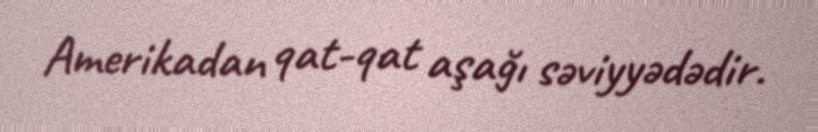
Amerikadan qat-qat aşağı səviyyədədir.